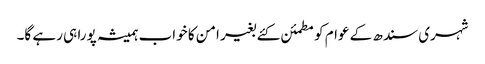
شہری سندھ کے عوام کو مطمئن کئے بغیر امن کا خواب ہمیشہ پورا ہی رہے گا۔